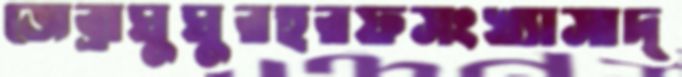
জেব্রাঘুঘুরহরফসংখ্যাসাদ্